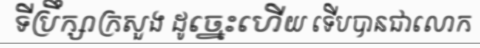
ទីប្រឹក្សាក្រសួង ដូច្នេះហើយ ទើបបានជាលោក